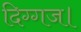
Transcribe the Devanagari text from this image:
दिग्गज।